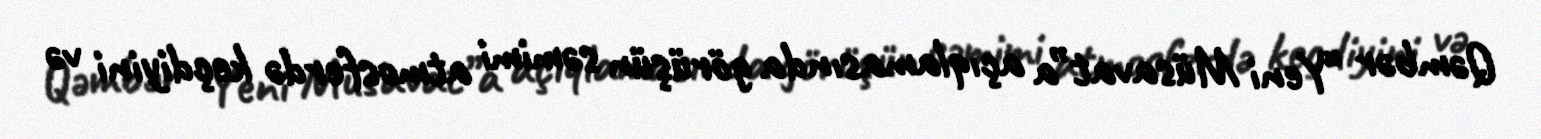
Qəmbər “Yeni Müsavat”a açıqlamasında görüşün səmimi atmosferdə keçdiyini və